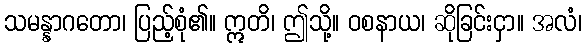
သမန္နာဂတော၊ ပြည့်စုံ၏။ ဣတိ၊ ဤသို့။ ဝစနာယ၊ ဆိုခြင်းငှာ။ အလံ၊